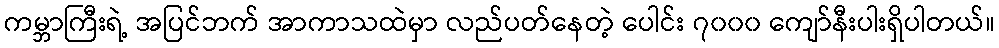
ကမ္ဘာကြီးရဲ့ အပြင်ဘက် အာကာသထဲမှာ လည်ပတ်နေတဲ့ ပေါင်း ၇၀၀၀ ကျော်နီးပါးရှိပါတယ်။